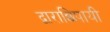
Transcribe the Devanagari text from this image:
द्वाराछिपायी